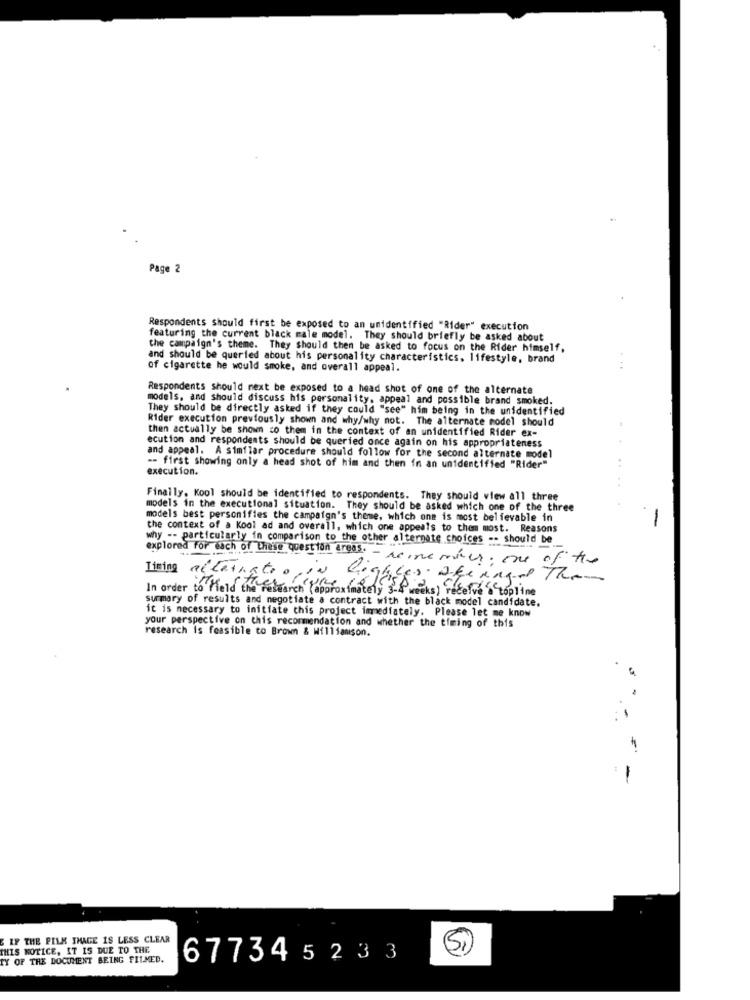
Page 2
Respondents Should first be exposed to an unidentified "Rider" execution
featuring the current black male model. They should briefly be asked about
the campaign's theme. They should then be asked to focus on the Rider himself,
and should be queried about his personality characteristics, lifestyle, brand
Of cigarette he would smoke, and overall appeal.
Respondents should next be exposed to a head shot of one of the alternate
models, and should discuss his personality, appeal and possible brand smoked.
They should be directly asked if they could "see" him being in the unidentified
Rider execution previously shown and why/why not. The alternate model should
then actually be shown co them in the context of an unidentified Rider ex-
ecution and respondents should be queried once again on his appropriateness
and appeal. A similar procedure should follow for the second alternate model
execution.
-- first showing only a head shot of him and then in an unidentified "Rider"
Finally, Kool should be identified to respondents. They should view all three
models in the executional situation. They should be asked which one of the three
models best personifies the campaign's theme, which one is most believable in
-
the context of a Kool ad and overall, which one appeals to them most. Reasons
why -- particularly in comparison to the other alternate choices -- should be
explored for each of these question areas.
- remember. one of the
Timing alternato
lighter ake angel The
In order to Held the research (approximately 3-4 weeks) receive a topline
summary of results and negotiate a contract with the black model candidate.
it is necessary to initiate this project immediately. Please let me know
your perspective on this recommendation and whether the timing of this
research is feasible to Brown & Williamson.
-
IF THE FILM THACE IS LESS CLEAR
THIS NOTICE, IT IS DUE TO THE
(Si)
EY OF THE DOCUMENT BEING FILMED.
677345233